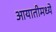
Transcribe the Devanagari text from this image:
आयातीमध्ये